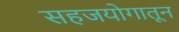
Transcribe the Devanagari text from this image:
सहजयोगातून